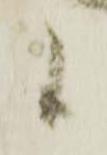
候